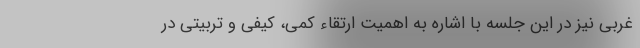
غربی نیز در این جلسه با اشاره به اهمیت ارتقاء کمی، کیفی و تربیتی در